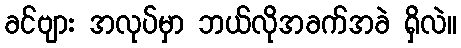
ခင်ဗျား အလုပ်မှာ ဘယ်လိုအခက်အခဲ ရှိလဲ။